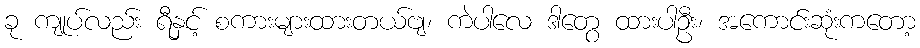
ခု ကျုပ်လည်း ရီနှင့် စကားများထားတယ်ဗျ၊ ကဲပါလေ ဒါတွေ ထားပါဦး၊ အကောင်းဆုံးကတော့